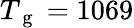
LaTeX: T_{\mathrm{~g~}}=1069